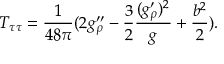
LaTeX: T _ { \tau \tau } = { \frac { 1 } { 4 8 \pi } } ( 2 g _ { \rho } ^ { \prime \prime } - { \frac { 3 } { 2 } } { \frac { ( g _ { \rho } ^ { \prime } ) ^ { 2 } } { g } } + { \frac { b ^ { 2 } } { 2 } } ) .